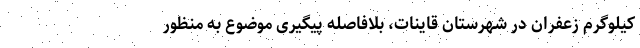
کیلوگرم زعفران در شهرستان قاینات، بلافاصله پیگیری موضوع به منظور